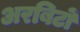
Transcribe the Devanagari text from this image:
अरबिटों